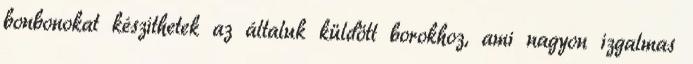
bonbonokat készíthetek az általuk küldött borokhoz, ami nagyon izgalmas